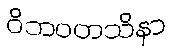
ဝိဘဝတသိနာ